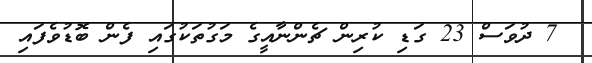
7 ދުވަސް 23 ގަޑި ކުރިން ޗެންނާއީގެ މަގުތަކުގައި ފެން ބޮޑުވެފައި